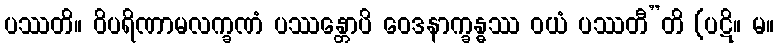
ပဿတိ။ ဝိပရိဏာမလက္ခဏံ ပဿန္တောပိ ဝေဒနာက္ခန္ဓဿ ဝယံ ပဿတီ”တိ (ပဋိ။ မ။